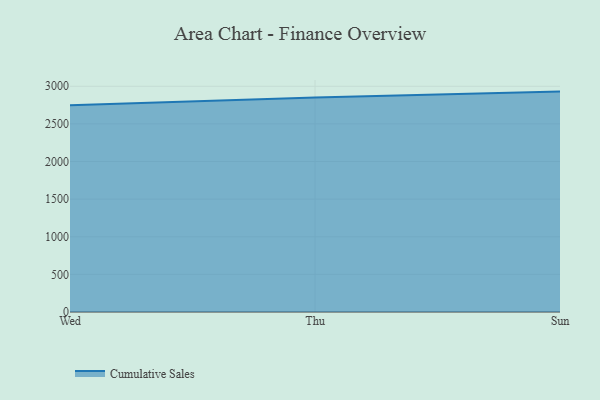
{"axis": {"x": "Day", "y": "Customer Acquisition Cost (USD)"}, "legend": ["Cumulative Sales"], "data": [{"x": "Wed", "y": 2746.9, "type": "Cumulative Sales"}, {"x": "Thu", "y": 2848.9, "type": "Cumulative Sales"}, {"x": "Sun", "y": 2928.9, "type": "Cumulative Sales"}]}